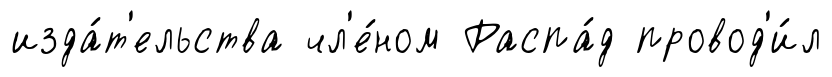
изда́т'ельства чл'е́ном Распа́д провод'и́л